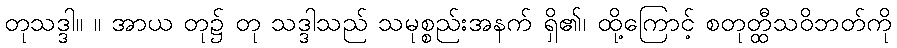
တုသဒ္ဒါ။ ။ အာယ တု၌ တု သဒ္ဒါသည် သမုစ္စည်းအနက် ရှိ၏၊ ထို့ကြောင့် စတုတ္ထီသဝိဘတ်ကို